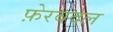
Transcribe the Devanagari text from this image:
फ़ेरबदल